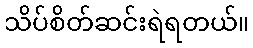
သိပ်စိတ်ဆင်းရဲရတယ်။